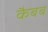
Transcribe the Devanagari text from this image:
कैबब